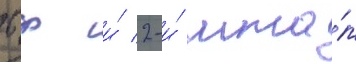
бф и́ 2-и́ мта́п